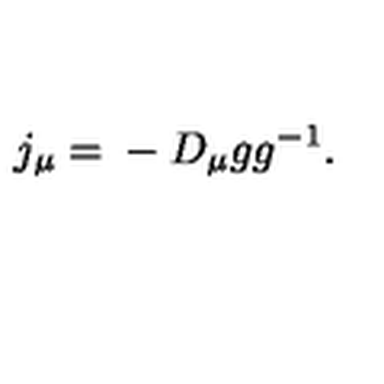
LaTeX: j _ { \mu } = \mathrm { } - D _ { \mu } g g ^ { - 1 } .